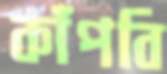
কাঁপবি